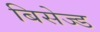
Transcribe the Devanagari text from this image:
बिसेज्ड